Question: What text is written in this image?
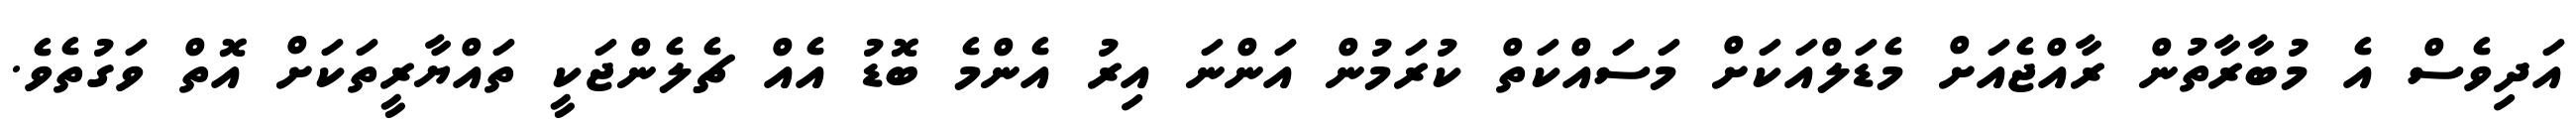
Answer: އަދިވެސް އެ މުބާރާތުން ރާއްޖެއަށް މެޑަލްއަކަށް މަސައްކަތް ކުރަމުން އަންނަ އިރު އެންމެ ބޮޑު އެއް ޗެލެންޖަކީ ތައްޔާރީތަކަށް އޮތް ވަގުތެވެ.